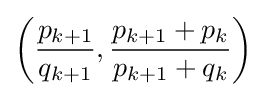
\left({\frac {p_{k+1}}{q_{k+1}}},{\frac {p_{k+1}+p_{k}}{p_{k+1}+q_{k}}}\right)\!